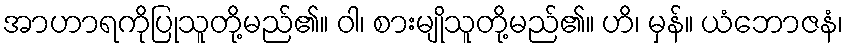
အာဟာရကိုပြုသူတို့မည်၏။ ဝါ၊ စားမျိုသူတို့မည်၏။ ဟိ၊ မှန်။ ယံဘောဇနံ၊